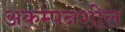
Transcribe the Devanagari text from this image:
अकम्पनशील